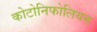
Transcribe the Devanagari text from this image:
कोटोनिफोलियन